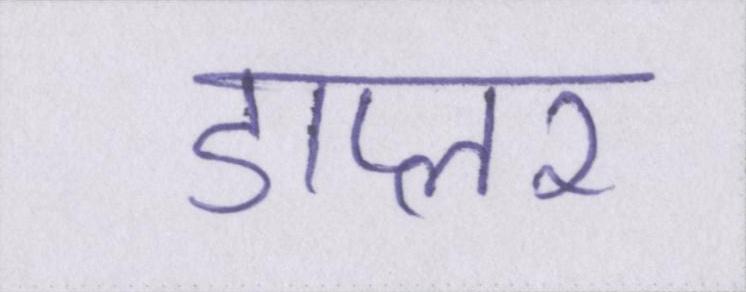
डाप्लर